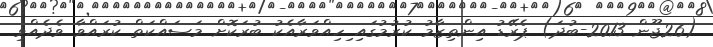
(26ޖޫން 2013-ބުދަ) ޕެރޭޑު އިންތިޒާމު ކުރުމުގައި ިހިއްވަރާއެކު ބުރަކޮށް މަސައްކަތް ކުރައްވާ ވެދެއްވި